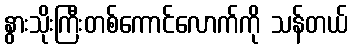
နွားသိုးကြီးတစ်ကောင်လောက်ကို သန်တယ်